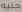
جنيه